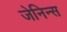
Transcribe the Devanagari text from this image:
जेनिन्स